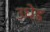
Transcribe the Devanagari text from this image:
उधेड